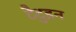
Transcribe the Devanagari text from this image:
टैटुइन